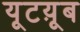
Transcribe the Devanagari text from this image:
यूटय़ूब